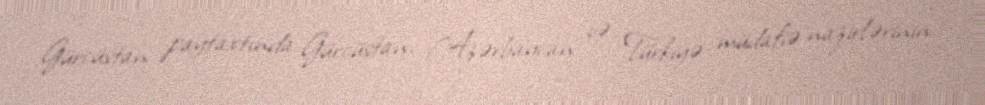
Gürcüstan paytaxtında Gürcüstan, Azərbaycan və Türkiyə müdafiə nazirlərinin